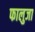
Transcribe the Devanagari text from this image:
फालुजा